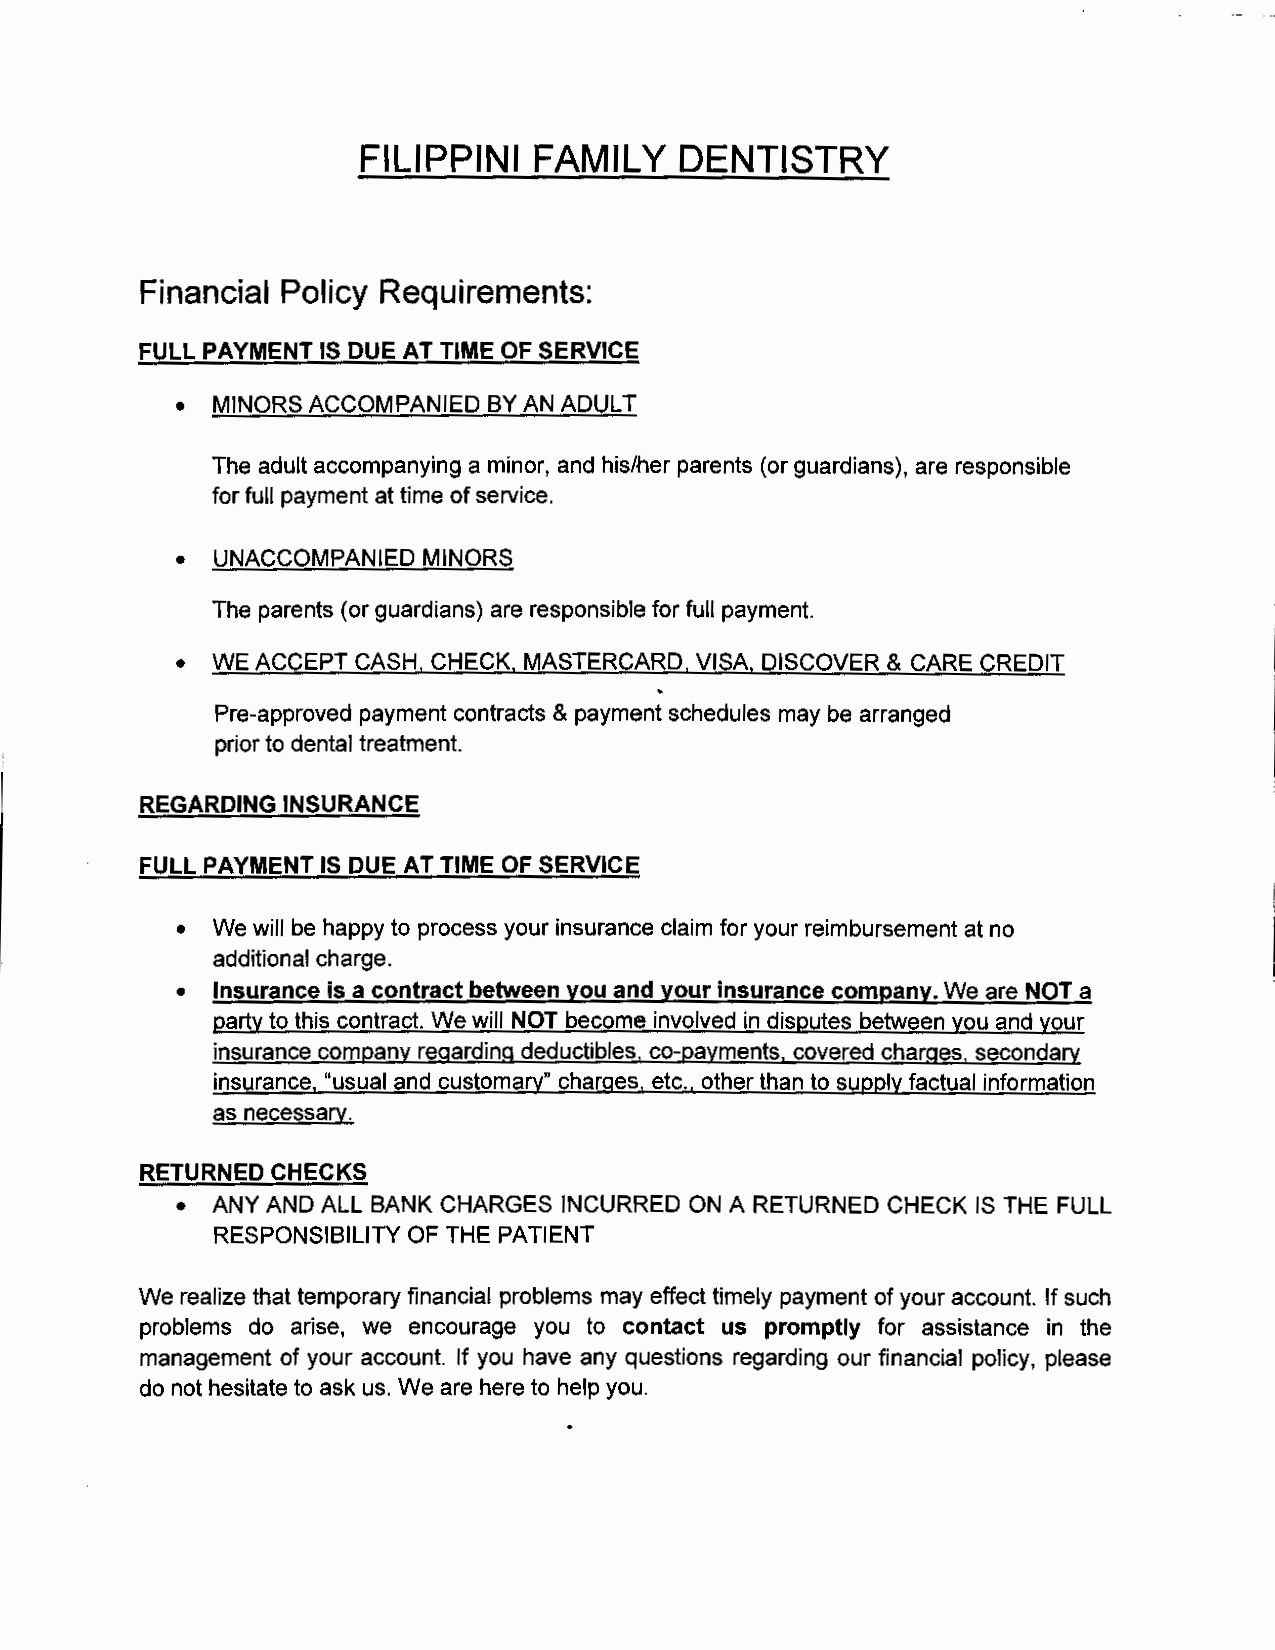
FILIPPINI  FAMILY    DENTISTRY
 Financial Policy Requirements:
 FULL PAYMENT IS DUE AT TIME OF SERVICE
 • MINORS ACCOMPANIED BY AN ADULT
 The adult accompanying a minor, and his/her parents (or guardians), are responsible
 for full payment at time of service.
 • UNACCOMPANIED MINORS
 The parents (or guardians) are responsible for full payment.
 • WE ACCEPT CASH. CHECK. MASTERCARD. VISA. DISCOVER & CARE CREDIT
 Pre-approved payment contracts & payment schedules may be arranged
 prior to dental treatment.
 REGARDING INSURANCE
 FULL PAYMENT IS DUE AT TIME OF SERVICE
 • We will be happy to process your insurance claim for your reimbursement at no
 additional charge.
 • Insurance is a contract between you and your insurance company. We are NOT a
 party to this contract. We will NOT become involved in disputes between you and your
 insurance company regarding deductibles. co-payments. covered charges. secondary
 insurance. "usual and customary" charges. etc .. other than to supply factual information
 as necessary.
 RETURNED CHECKS
 • ANY AND ALL BANK CHARGES INCURRED ON A RETURNED CHECK IS THE FULL
 RESPONSIBILITY OF THE PATIENT
 We realize that temporary financial problems may effect timely payment of your account. If such
 problems do arise, we encourage you to contact us promptly for assistance in the
 management of your account. If you have any questions regarding our financial policy, please
 do not hesitate to ask us. We are here to help you.